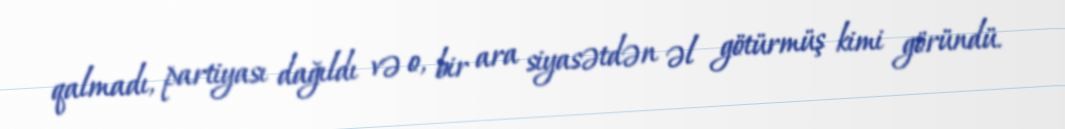
qalmadı, partiyası dağıldı və o, bir ara siyasətdən əl götürmüş kimi göründü.